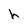
Character: h